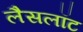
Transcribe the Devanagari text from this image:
लैसलॉट